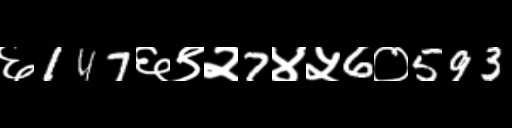
Text: ६147६९२7४५6०593